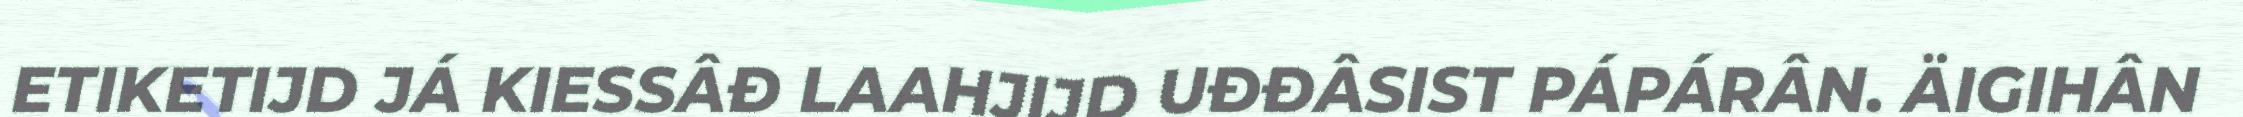
ETIKETIJD JÁ KIESSÂĐ LAAHJIJD UĐĐÂSIST PÁPÁRÂN. ÄIGIHÂN